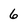
Character: 6